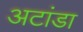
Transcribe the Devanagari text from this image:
अटांडा